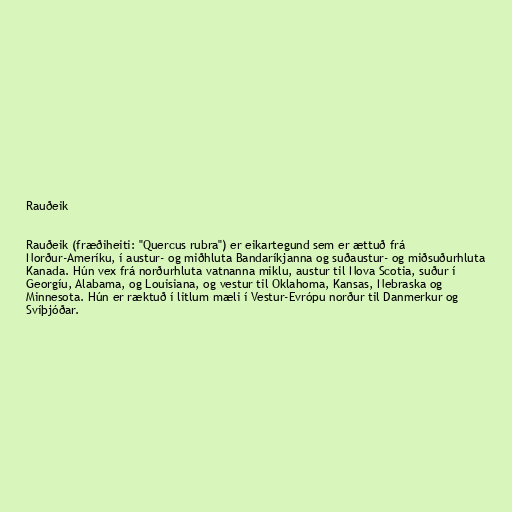
Rauðeik

Rauðeik (fræðiheiti: "Quercus rubra") er eikartegund sem er ættuð frá
Norður-Ameríku, í austur- og miðhluta Bandaríkjanna og suðaustur- og miðsuðurhluta
Kanada. Hún vex frá norðurhluta vatnanna miklu, austur til Nova Scotia, suður í
Georgíu, Alabama, og Louisiana, og vestur til Oklahoma, Kansas, Nebraska og
Minnesota. Hún er ræktuð í litlum mæli í Vestur-Evrópu norður til Danmerkur og
Svíþjóðar.